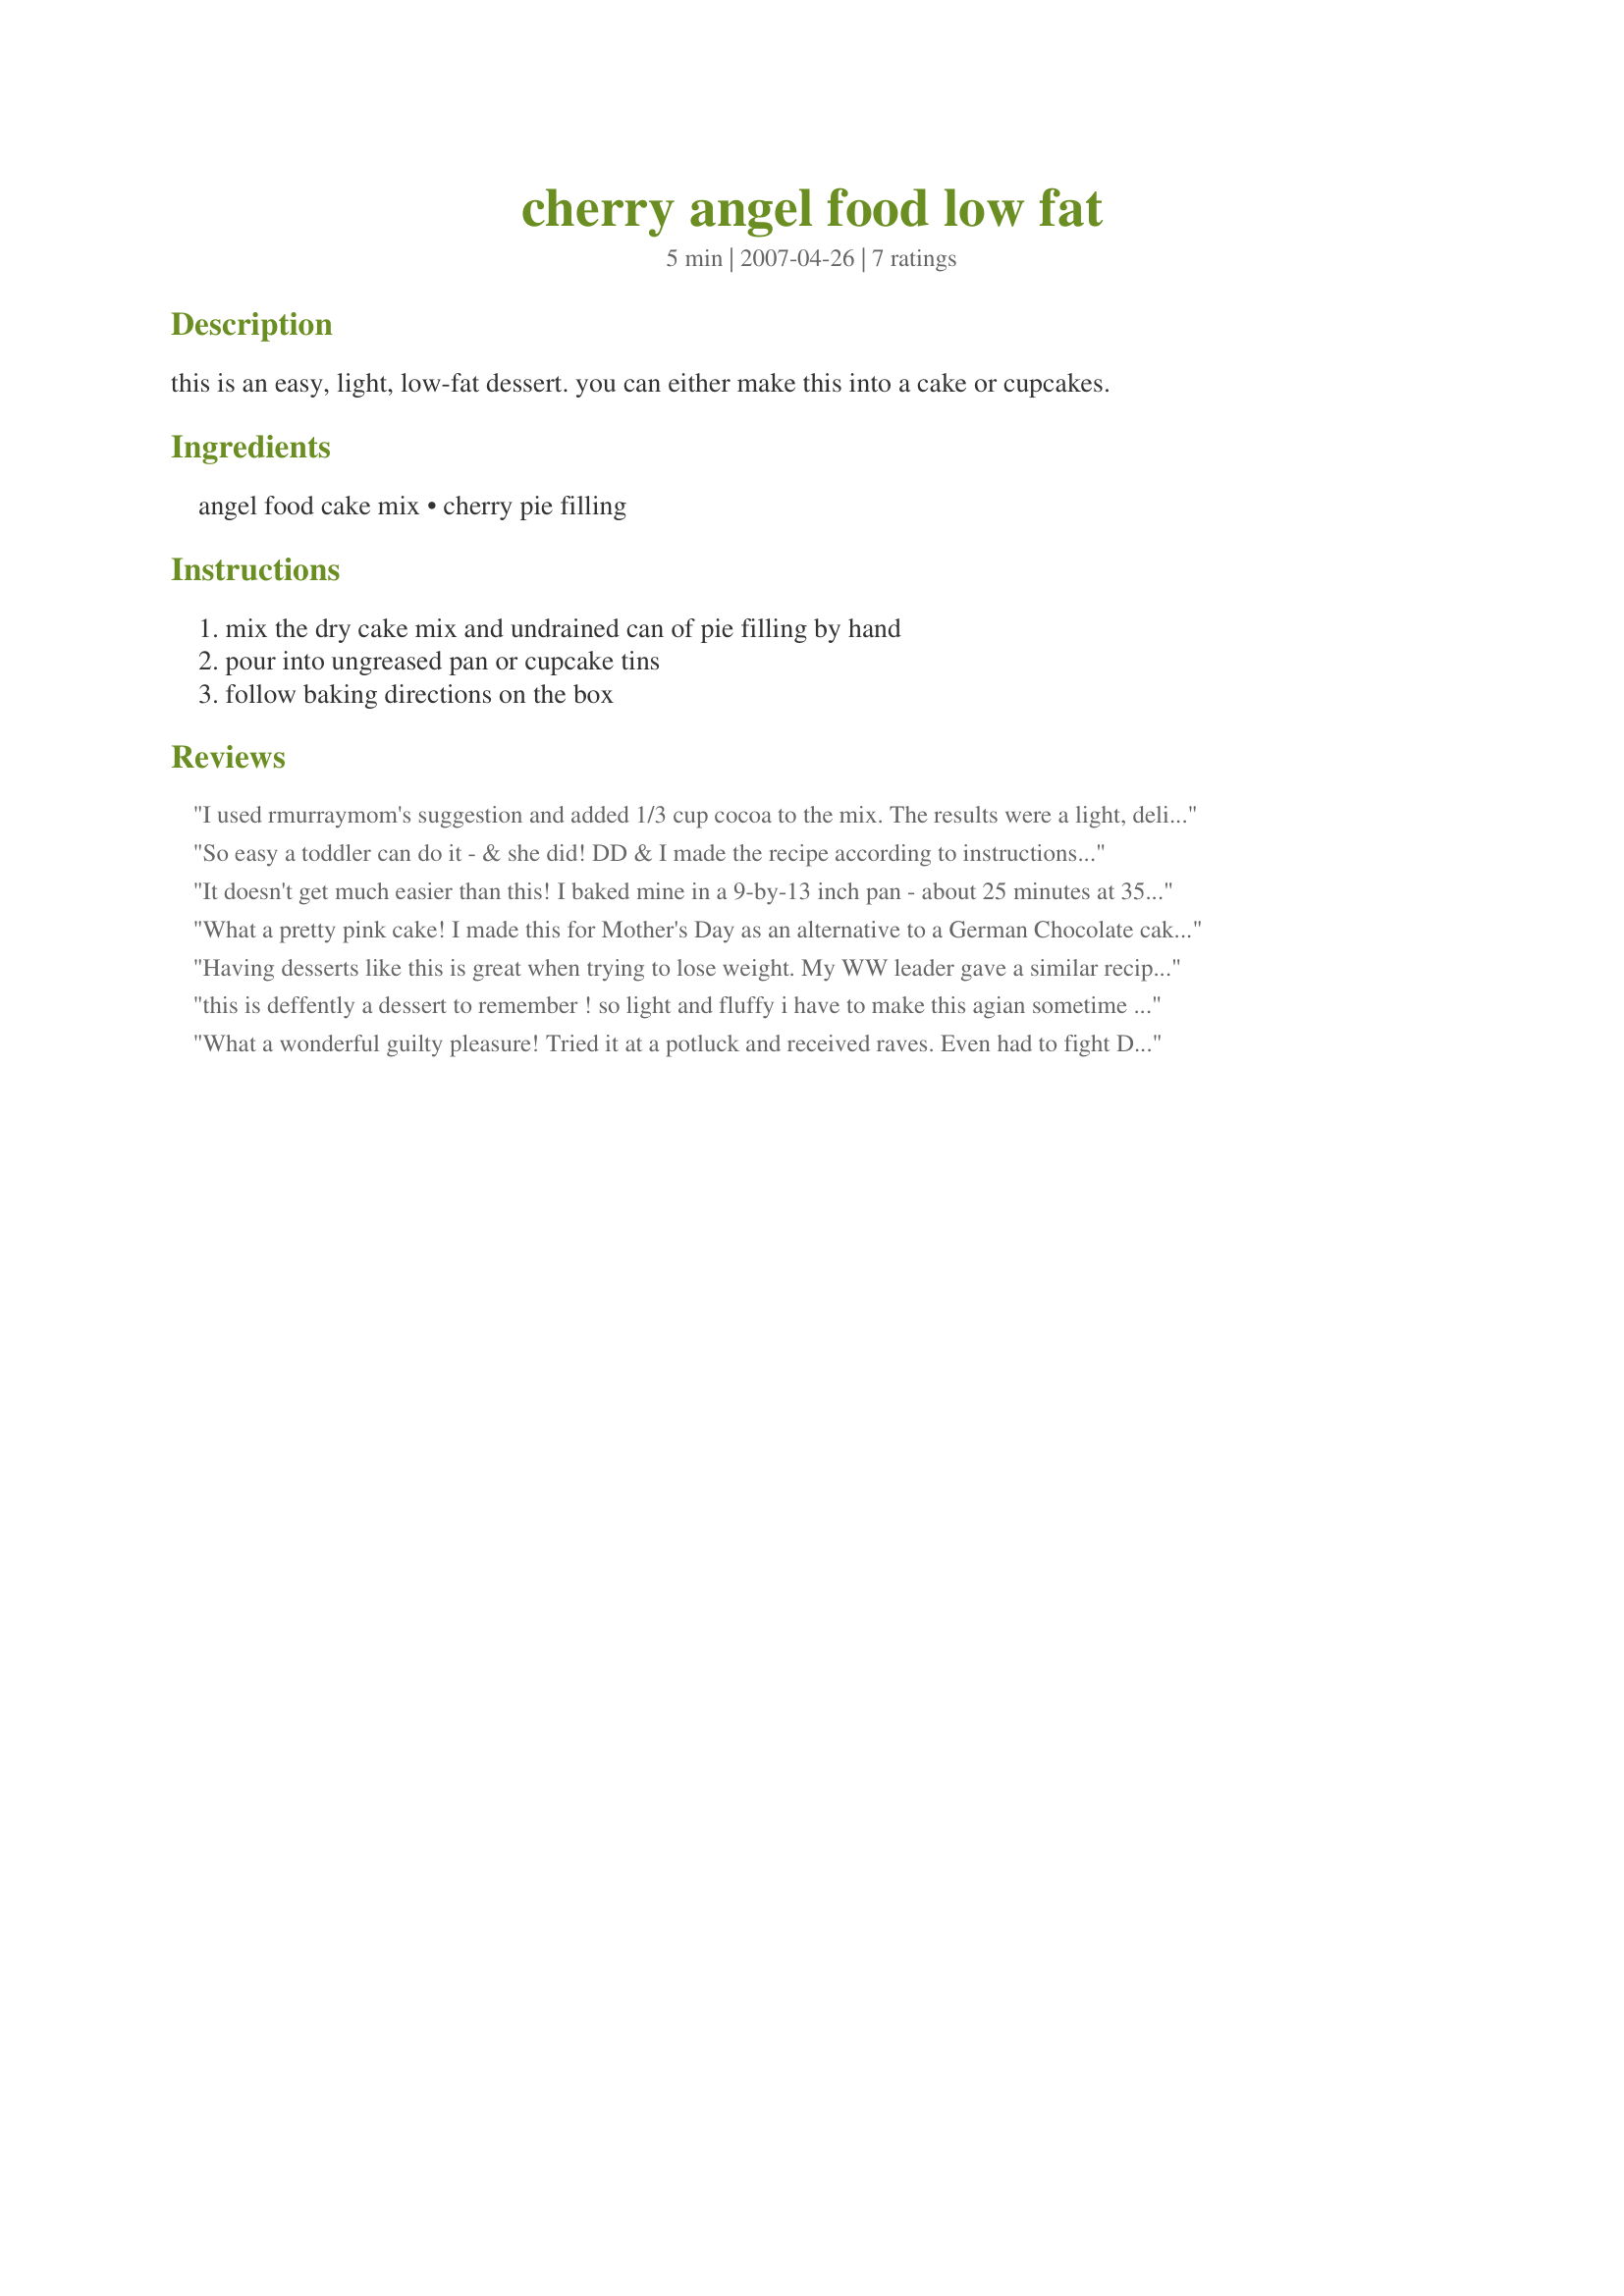
cherry angel food low fat
Preparation time: 5 minutes

this is an easy, light, low-fat dessert. you can either make this into a cake or cupcakes.

Ingredients:
angel food cake mix, cherry pie filling

Steps:
mix the dry cake mix and undrained can of pie filling by hand, pour into ungreased pan or cupcake tins, follow baking directions on the box

Reviews:
I used rmurraymom's suggestion and added 1/3 cup cocoa to the mix. The results were a light, delicious guilt-free dessert. It was a bit chewy, so make sure you don't over mix it even by hand. Excellent with light cool-whip or ice cream on top too.
So easy a toddler can do it - & she did! DD & I made the recipe according to instructions but I added a half teaspoon of almond extract into the cherry pie filling. We trusted the 12 servings suggested in the recipe but next time I'll make 24 cupcakes or use the angel food pan. My photos do not do the recipe justice, so will not post. But we'll be keeping these simple ingredients on hand because the whole family really went crazy for the flavor of this recipe & I know it's going to be a favorite treat. Thanks for sharing, Becky! Made for Fall 2008 Pick A Chef.
UPDATE: Made again in an angel food pan with excellent results! Made this time for the Oct 08 Think Pink tag.
It doesn't get much easier than this! I baked mine in a 9-by-13 inch pan - about 25 minutes at 350F convection. It fell somewhat as it cooled but what the heck; when you're trying to diet and craving sugar, texture takes a back seat. ;-) I do prefer the pineapple version but this was a nice change. Thanks for turning me on to this.
What a pretty pink cake! I made this for Mother's Day as an alternative to a German Chocolate cake and it was a hit! I baked mine in a tube pan, and the only problem I had was it caved in. I'm not sure if it was due to the heavy pie filling or something else. I'll probably bake it in a 13x9 inch pan next time, same as the pineapple angel food cake. Thanks Becky, I'll be making this often. I've already bought the ingredients for another one. This is a great standby.
Having desserts like this is great when trying to lose weight. My WW leader gave a similar recipe. Her suggestion for the cake falling was to let it cool upside down. Her version called for the addition of 1/3 cup cocoa for a Black Forest version.
this is deffently a dessert to remember ! so light and fluffy i have to make this agian sometime thank you so much i just love it
What a wonderful guilty pleasure! Tried it at a potluck and received raves. Even had to fight DH for last piece. The perfect answer to "What can I bring..." Thanks for sharing, BeckyD
